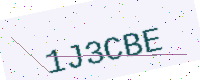
Text: 1J3CBE